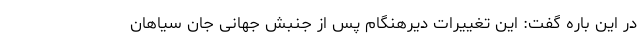
در این باره گفت: این تغییرات دیرهنگام پس از جنبش جهانی جان سیاهان